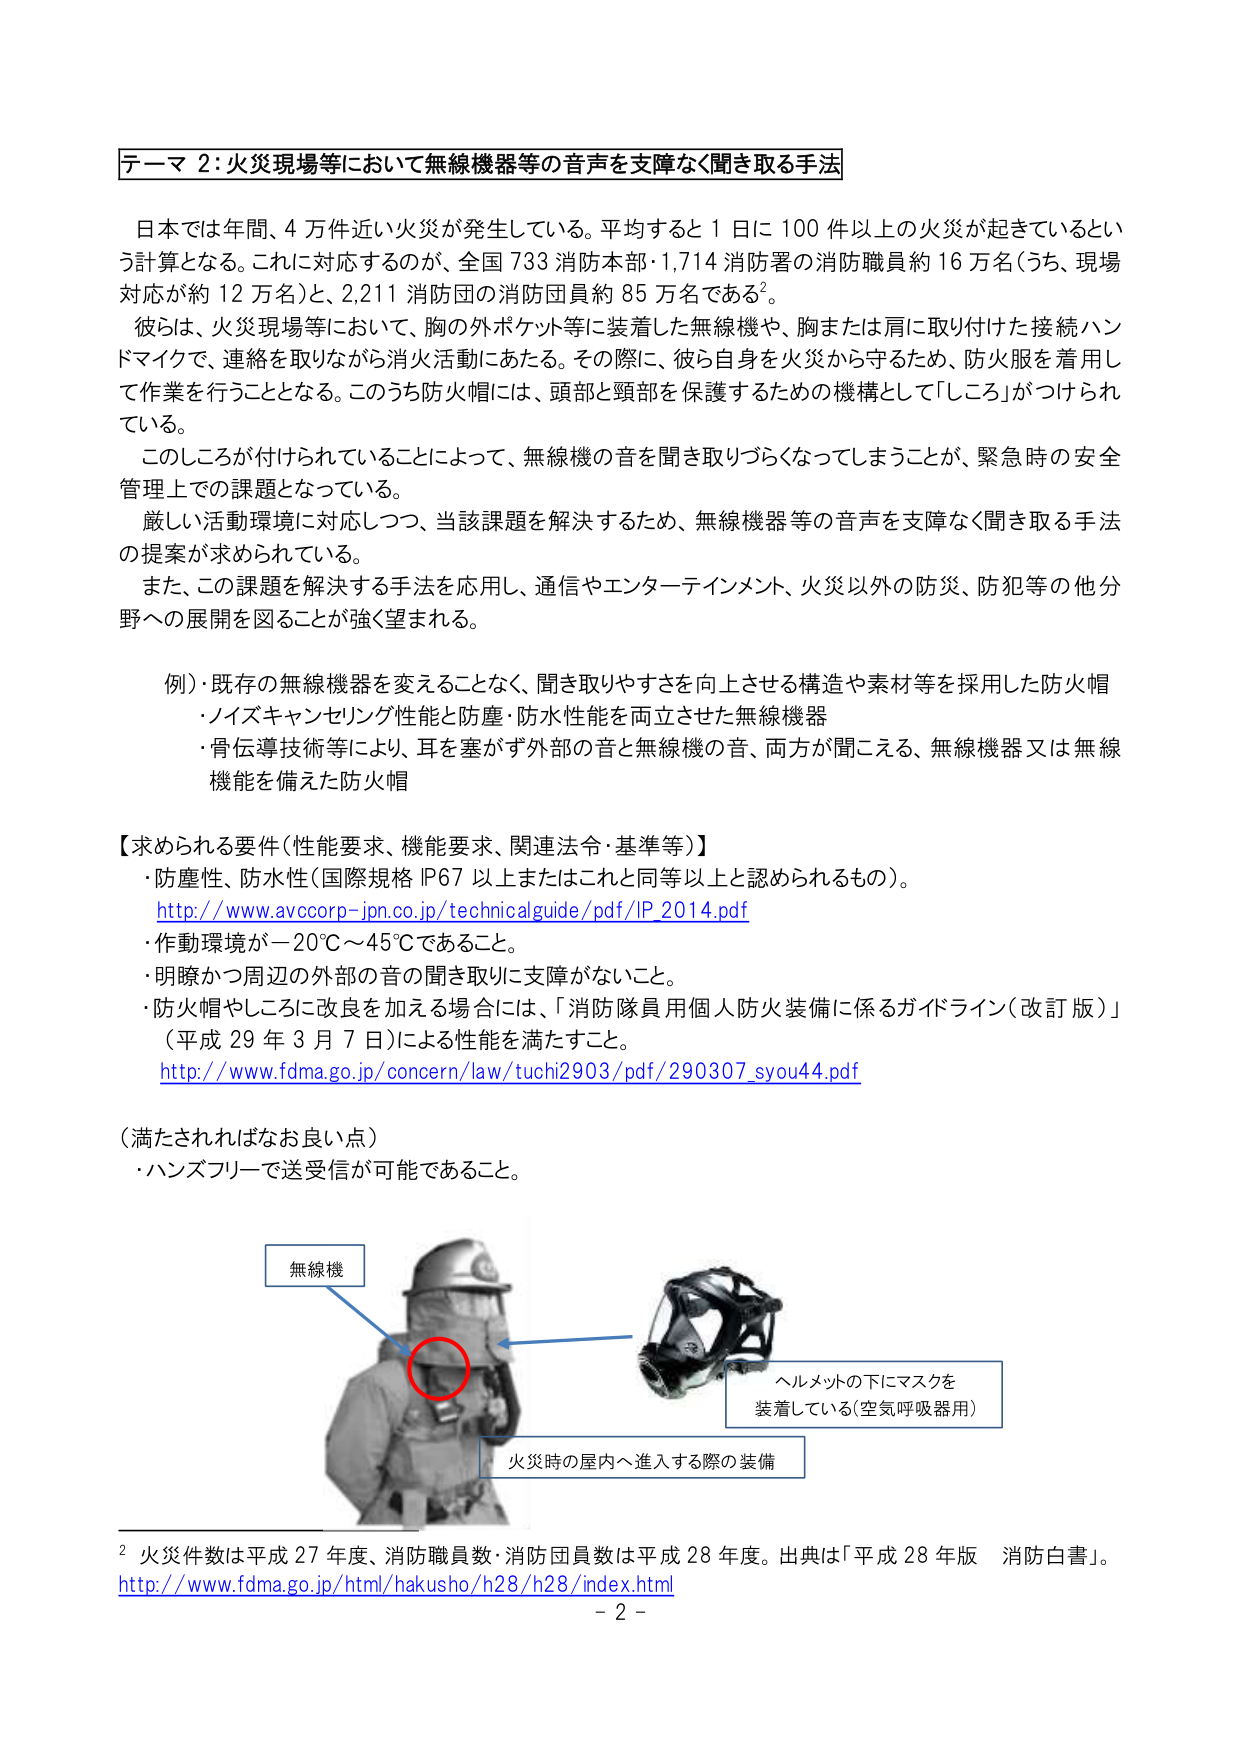
テーマ 2：火災現場等において無線機器等の音声を支障なく聞き取る手法

日本では年間、4 万件近い火災が発生している。平均すると 1 日に 100 件以上の火災が起きているという計算となる。これに対応するのが、全国 733 消防本部・1,714 消防署の消防職員約 16 万名（うち、現場対応が約 12 万名）と、2,211 消防団の消防団員約 85 万名である²。

彼らは、火災現場等において、胸の外ポケット等に装着した無線機や、胸または肩に取り付けた接続ハンドマイクで、連絡を取りながら消火活動にあたる。その際に、彼ら自身を火災から守るため、防火服を着用して作業を行うこととなる。このうち防火帽には、頭部と頸部を保護するための機構として「しころ」がつけられている。

このしころが付けられていることによって、無線機の音を聞き取りづらくなってしまうことが、緊急時の安全管理上での課題となっている。

厳しい活動環境に対応しつつ、当該課題を解決するため、無線機器等の音声を支障なく聞き取る手法の提案が求められている。

また、この課題を解決する手法を応用し、通信やエンターテインメント、火災以外の防災、防犯等の他分野への展開を図ることが強く望まれる。

例）既存の無線機器を変えることなく、聞き取りやすさを向上させる構造や素材等を採用した防火帽
・ノイズキャンセリング性能と防塵・防水性能を両立させた無線機器
・骨伝導技術等により、耳を塞がず外部の音と無線機の音、両方が聞こえる、無線機器又は無線機能を備えた防火帽

【求められる要件（性能要求、機能要求、関連法令・基準等）】
・防塵性、防水性（国際規格 IP67 以上またはこれと同等以上と認められるもの）。
http://www.avccorp-jpn.co.jp/technicalguide/pdf/IP_2014.pdf
・作動環境が－20℃～45℃であること。
・明瞭かつ周辺の外部の音の聞き取りに支障がないこと。
・防火帽やしころに改良を加える場合には、「消防隊員用個人防火装備に係るガイドライン（改訂版）」（平成 29 年 3 月 7 日）による性能を満たすこと。
http://www.fdma.go.jp/concern/law/tuchi2903/pdf/290307_syou44.pdf

（満たされればなお良い点）
・ハンズフリーで送受信が可能であること。

無線機
ヘルメットの下にマスクを
装着している（空気呼吸器用）
火災時の屋内へ進入する際の装備

² 火災件数は平成 27 年度、消防職員数・消防団員数は平成 28 年度。出典は「平成 28 年版 消防白書」。
http://www.fdma.go.jp/html/hakusho/h28/h28/index.html
－ 2 －